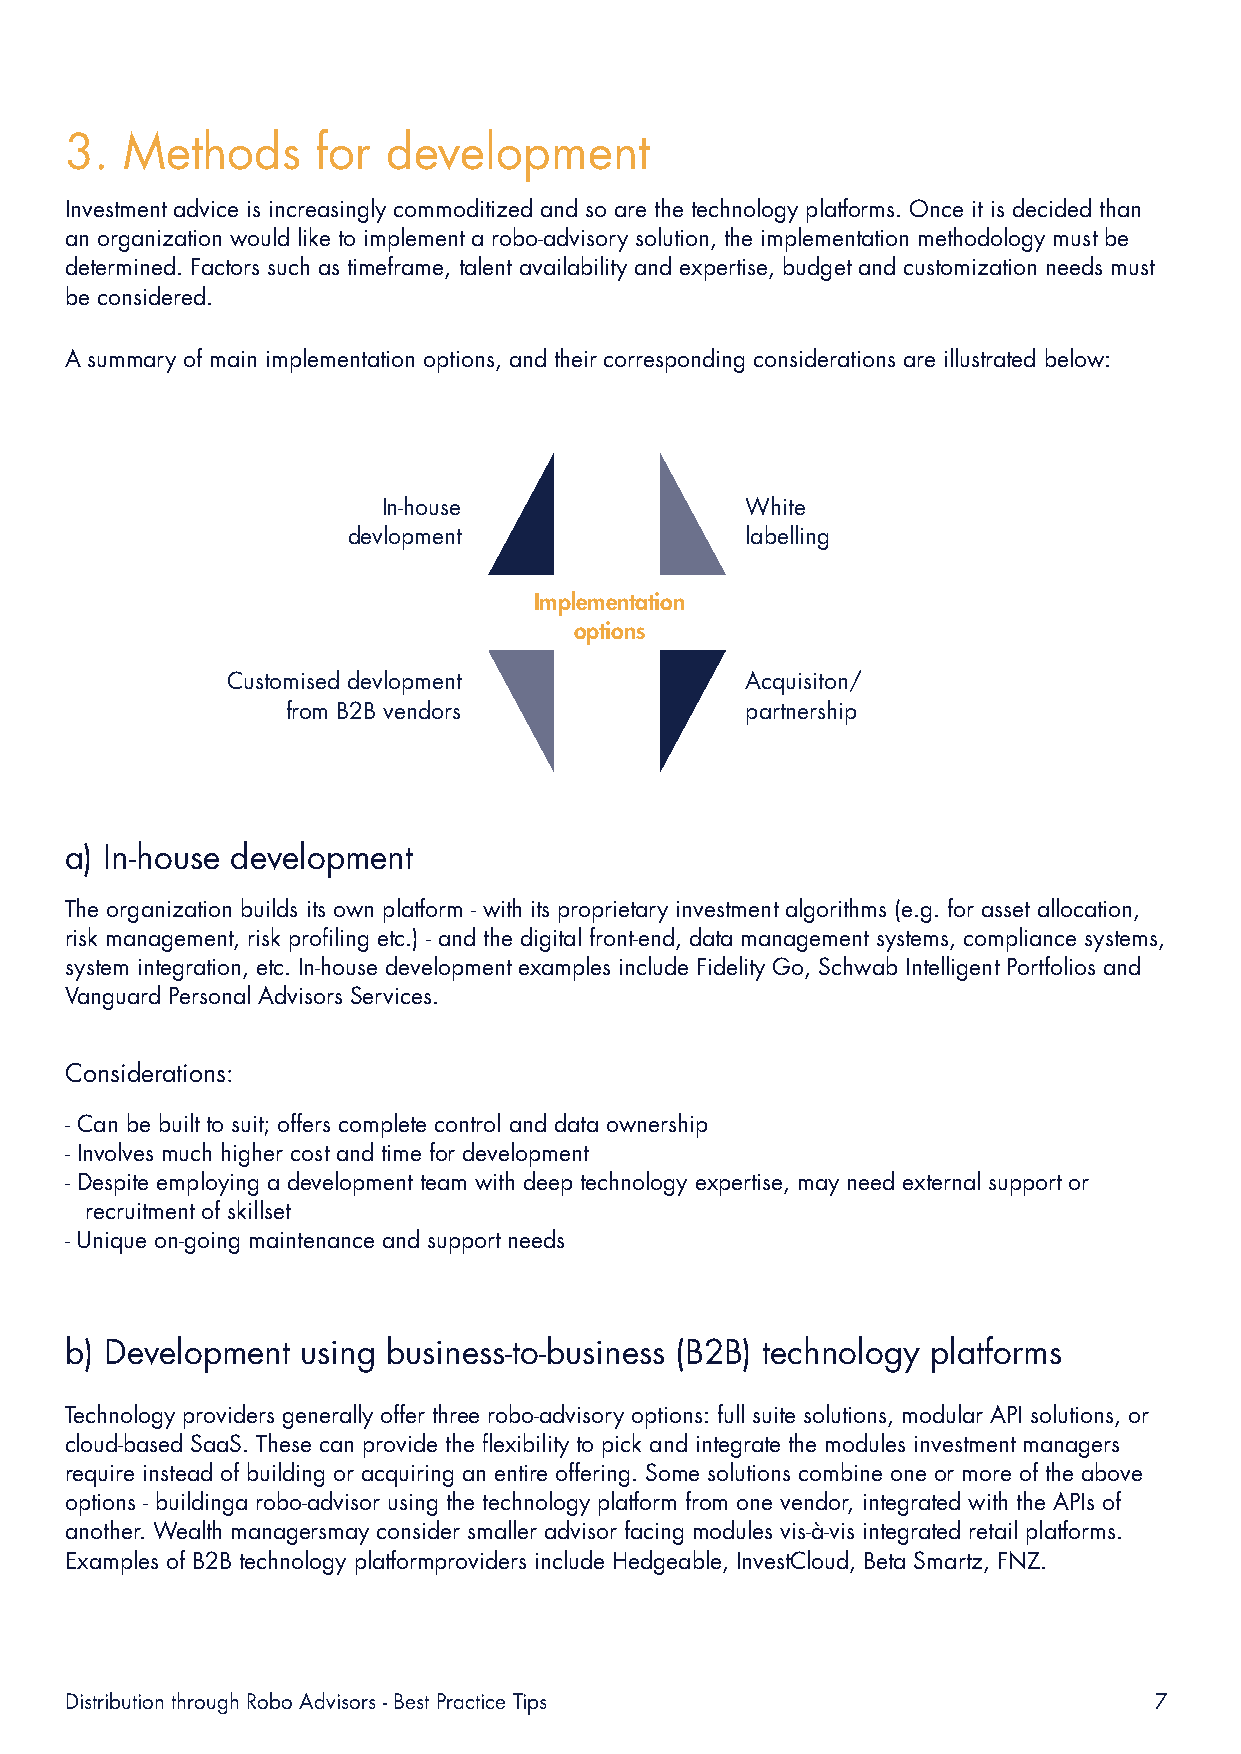
3.  Methods      for  development
 Investment advice is increasingly commoditized and so are the technology platforms. Once it is decided than
 an organization would like to implement a robo-advisory solution, the implementation methodology must be
 determined. Factors such as timeframe, talent availability and expertise, budget and customization needs must
 be considered.
 A summary of main implementation options, and their corresponding considerations are illustrated below:
 In-house                White
 devlopment                labelling
 Implementation
 options
 Customised devlopment             Acquisiton/
 from B2B vendors              partnership
 a) In-house development
 The organization builds its own platform - with its proprietary investment algorithms (e.g. for asset allocation,
 risk management, risk profiling etc.) - and the digital front-end, data management systems, compliance systems,
 system integration, etc. In-house development examples include Fidelity Go, Schwab Intelligent Portfolios and
 Vanguard Personal Advisors Services.
 Considerations:
 - Can be built to suit; offers complete control and data ownership
 - Involves much higher cost and time for development
 - Despite employing a development team with deep technology expertise, may need external support or
 recruitment of skillset
 - Unique on-going maintenance and support needs
 b) Development  using business-to-business (B2B) technology platforms
 Technology providers generally offer three robo-advisory options: full suite solutions, modular API solutions, or
 cloud-based SaaS. These can provide the flexibility to pick and integrate the modules investment managers
 require instead of building or acquiring an entire offering. Some solutions combine one or more of the above
 options - buildinga robo-advisor using the technology platform from one vendor, integrated with the APIs of
 another. Wealth managersmay consider smaller advisor facing modules vis-à-vis integrated retail platforms.
 Examples of B2B technology platformproviders include Hedgeable, InvestCloud, Beta Smartz, FNZ.
 Distribution through Robo Advisors - Best Practice Tips                 7